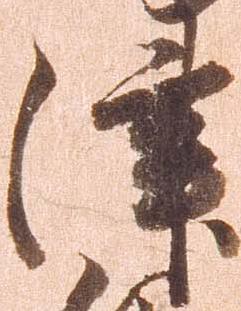
津